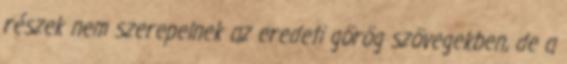
részek nem szerepelnek az eredeti görög szövegekben, de a